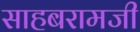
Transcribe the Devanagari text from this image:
साहबरामजी